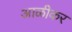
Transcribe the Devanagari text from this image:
आळीकर